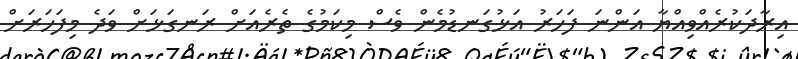
އިރާދަކުރެއްވިއްޔާ އަންނަ ފަހަރު އަޅުގަނޑުމެން ވެސް މިކަމުގެ ތެރެއަށް ރަނގަޅަށް ވަދެ މިފަހަރަށް